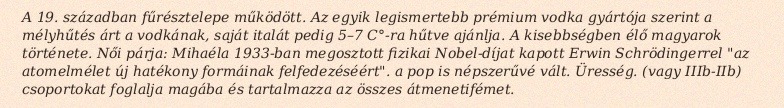
A 19. században fűrésztelepe működött. Az egyik legismertebb prémium vodka gyártója szerint a mélyhűtés árt a vodkának, saját italát pedig 5–7 C°-ra hűtve ajánlja. A kisebbségben élő magyarok története. Női párja: Mihaéla 1933-ban megosztott fizikai Nobel-díjat kapott Erwin Schrödingerrel "az atomelmélet új hatékony formáinak felfedezéséért". a pop is népszerűvé vált. Üresség. (vagy IIIb-IIb) csoportokat foglalja magába és tartalmazza az összes átmenetifémet.